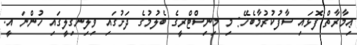
ޢިމާރާތް ފޮޅައި ސާފުކުރުމާބެހޭ: މި މިނިސްޓްރީގެ ބެލުމުގެ ދަށުގައި ވިލިނގިލީގައި ހުންނަ އީ.